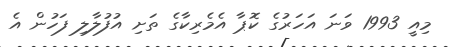
މިއީ 1993 ވަނަ އަހަރުގެ ކޮޕާ އެމެރިކާގެ ތަށި އުފުލާލި ފަހުން އެ